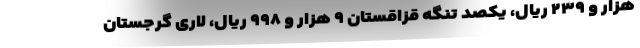
هزار و ۲۳۹ ریال، یکصد تنگه قزاقستان ۹ هزار و ۹۹۸ ریال، لاری گرجستان